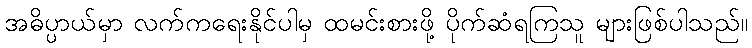
အဓိပ္ပာယ်မှာ လက်ကရေးနိုင်ပါမှ ထမင်းစားဖို့ ပိုက်ဆံရကြသူ များဖြစ်ပါသည်။